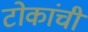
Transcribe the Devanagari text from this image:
टोकांची